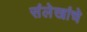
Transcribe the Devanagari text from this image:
संलेखांचे